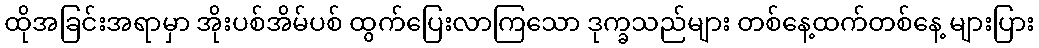
ထိုအခြင်းအရာမှာ အိုးပစ်အိမ်ပစ် ထွက်ပြေးလာကြသော ဒုက္ခသည်များ တစ်နေ့ထက်တစ်နေ့ များပြား